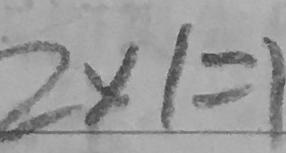
2 \times 1 = 1